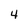
Character: 4